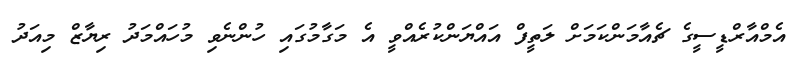
އެމްއާރްޑީސީގެ ޗެއާމަންކަމަށް ލަތީފް އައްޔަންކުރެއްވީ އެ މަގާމުގައި ހުންނެވި މުހައްމަދު ރިޔާޒް މިއަދު